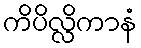
ကိပိလ္လိကာနံ